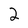
Character: 2